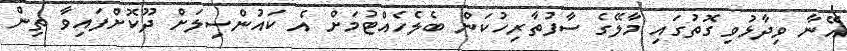
އޭނާ ވިދާޅުވި ގޮތުގައި މާލޭގެ ސާފުތާރިހުކަން ބެލެހެއްޓުމަށް އެ ކައުންސިލަށް ދޫކޮށްފައިވާ ތިން